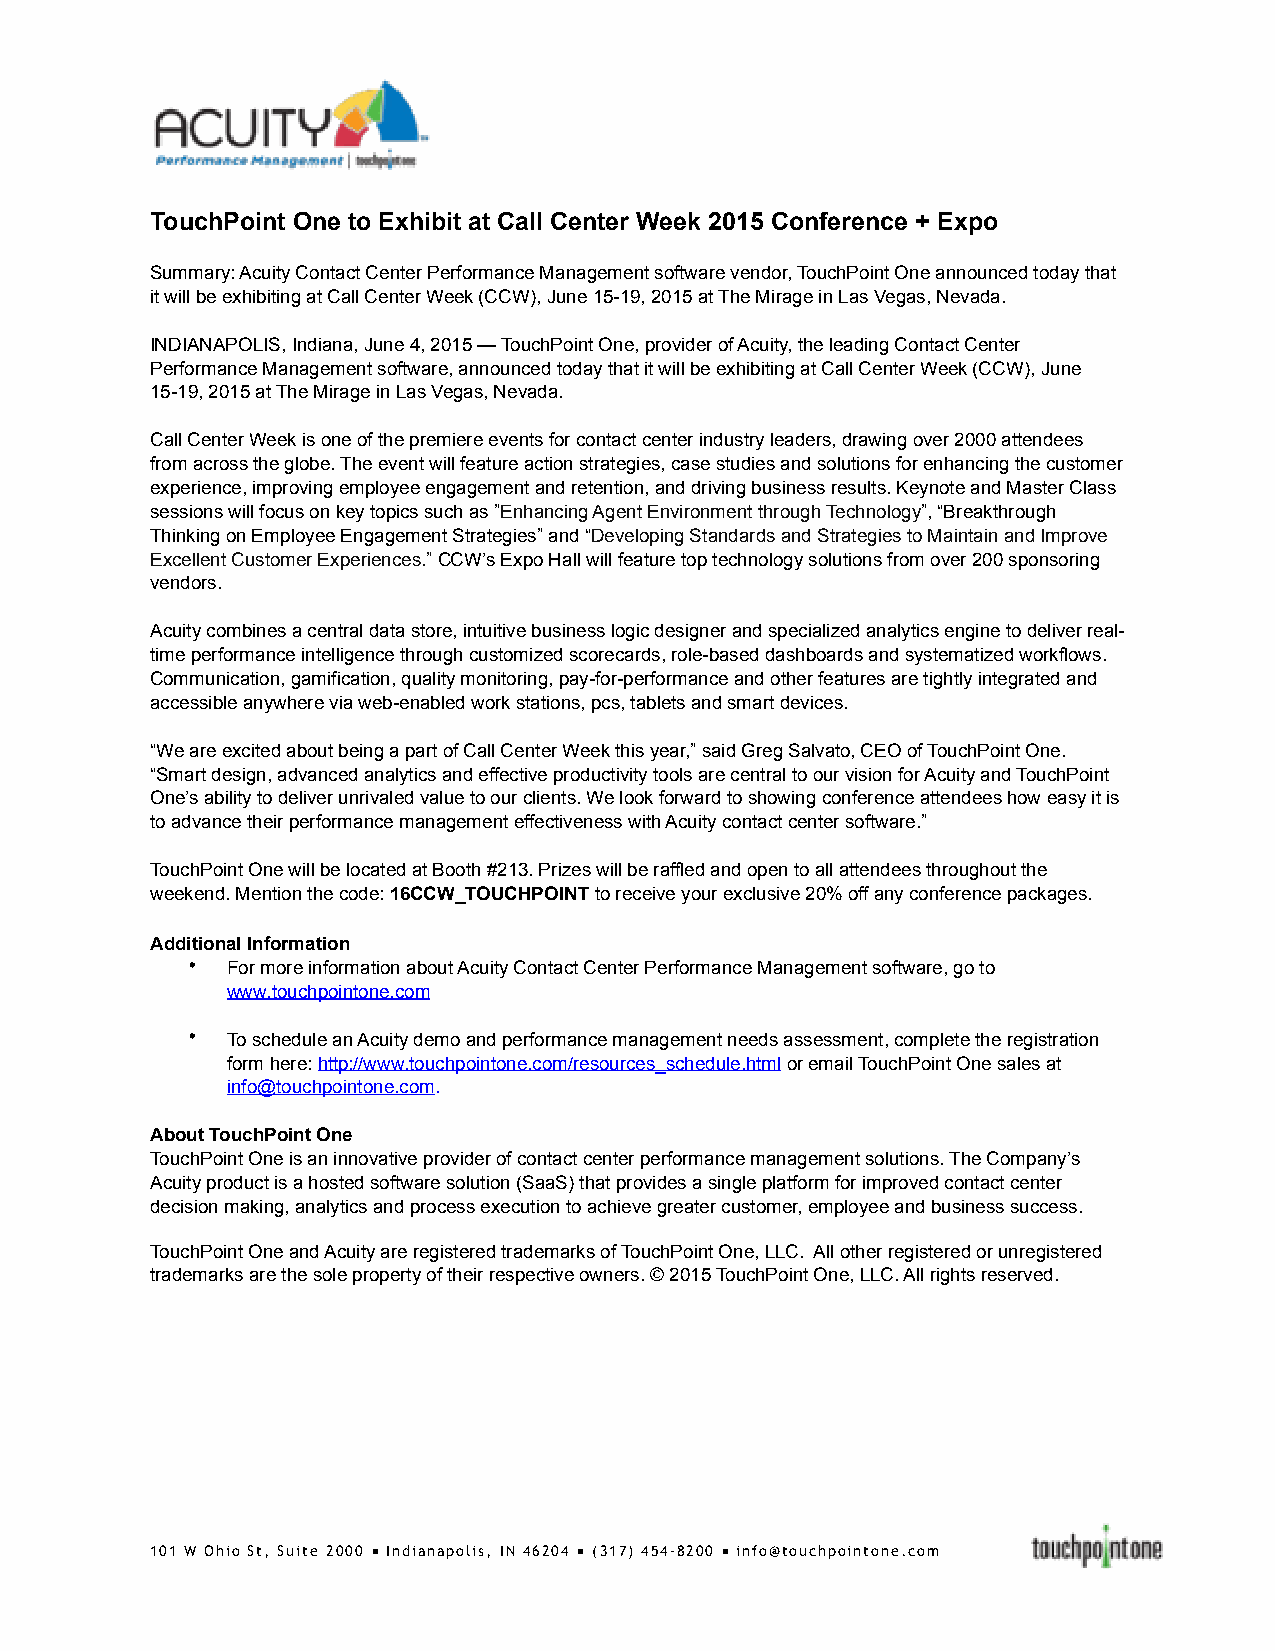
TouchPoint One to Exhibit at Call Center Week 2015 Conference + Expo
 Summary: Acuity Contact Center Performance Management software vendor, TouchPoint One announced today that
 it will be exhibiting at Call Center Week (CCW), June 15-19, 2015 at The Mirage in Las Vegas, Nevada.
 INDIANAPOLIS, Indiana, June 4, 2015 — TouchPoint One, provider of Acuity, the leading Contact Center
 Performance Management software, announced today that it will be exhibiting at Call Center Week (CCW), June
 15-19, 2015 at The Mirage in Las Vegas, Nevada.
 Call Center Week is one of the premiere events for contact center industry leaders, drawing over 2000 attendees
 from across the globe. The event will feature action strategies, case studies and solutions for enhancing the customer
 experience, improving employee engagement and retention, and driving business results. Keynote and Master Class
 sessions will focus on key topics such as ”Enhancing Agent Environment through Technology”, “Breakthrough
 Thinking on Employee Engagement Strategies” and “Developing Standards and Strategies to Maintain and Improve
 Excellent Customer Experiences.” CCW’s Expo Hall will feature top technology solutions from over 200 sponsoring
 vendors.
 Acuity combines a central data store, intuitive business logic designer and specialized analytics engine to deliver real-
 time performance intelligence through customized scorecards, role-based dashboards and systematized workflows.
 Communication, gamification, quality monitoring, pay-for-performance and other features are tightly integrated and
 accessible anywhere via web-enabled work stations, pcs, tablets and smart devices.
 “We are excited about being a part of Call Center Week this year,” said Greg Salvato, CEO of TouchPoint One.
 “Smart design, advanced analytics and effective productivity tools are central to our vision for Acuity and TouchPoint
 One’s ability to deliver unrivaled value to our clients. We look forward to showing conference attendees how easy it is
 to advance their performance management effectiveness with Acuity contact center software.”
 TouchPoint One will be located at Booth #213. Prizes will be raffled and open to all attendees throughout the
 weekend. Mention the code: 16CCW_TOUCHPOINT to receive your exclusive 20% off any conference packages.
 Additional Information
 •  For more information about Acuity Contact Center Performance Management software, go to
 www.touchpointone.com
 •  To schedule an Acuity demo and performance management needs assessment, complete the registration
 form here: http://www.touchpointone.com/resources_schedule.html or email TouchPoint One sales at
 info@touchpointone.com.
 About TouchPoint One
 TouchPoint One is an innovative provider of contact center performance management solutions. The Company’s
 Acuity product is a hosted software solution (SaaS) that provides a single platform for improved contact center
 decision making, analytics and process execution to achieve greater customer, employee and business success.
 TouchPoint One and Acuity are registered trademarks of TouchPoint One, LLC. All other registered or unregistered
 trademarks are the sole property of their respective owners. © 2015 TouchPoint One, LLC. All rights reserved.
 101 W Ohio St, Suite 2000 ■ Indianapolis, IN 46204 ■ (317) 454-8200 ■ info@touchpointone.com